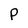
Character: P